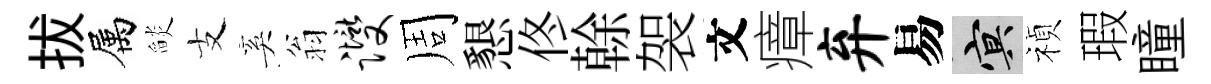
拔属𦦨支奚翁躞周懇佟𠏉袈文瘴弃易冥禎瑕瞳